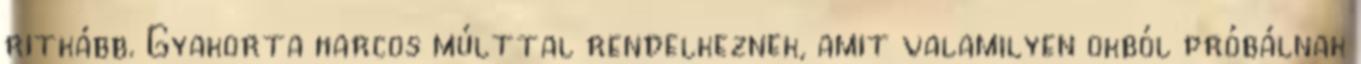
ritkább. Gyakorta harcos múlttal rendelkeznek, amit valamilyen okból próbálnak